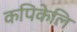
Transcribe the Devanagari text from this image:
कपिकेलि